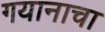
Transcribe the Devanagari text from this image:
गयानाचा